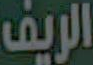
الريف